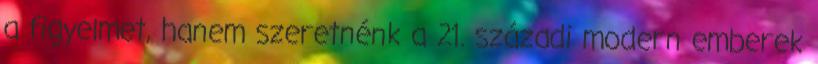
a figyelmet, hanem szeretnénk a 21. századi modern emberek